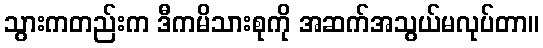
သွားကတည်းက ဒီကမိသားစုကို အဆက်အသွယ်မလုပ်တာ။